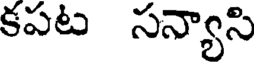
కపట సన్యాసి